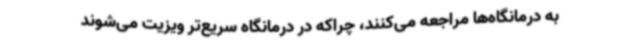
به درمانگاه‌ها مراجعه می‌کنند، چراکه در درمانگاه سریع‌تر ویزیت می‌شوند